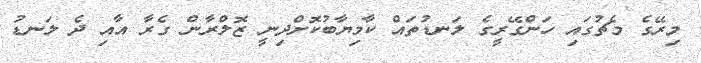
މިރޭގެ މެޗުގައި ހަންގޭރީގެ ލަނޑުތައް ކާމިޔާބުކޮށްދިނީ ޒޮލްރާން ގެރާ އާއި ދެ ލަނޑު